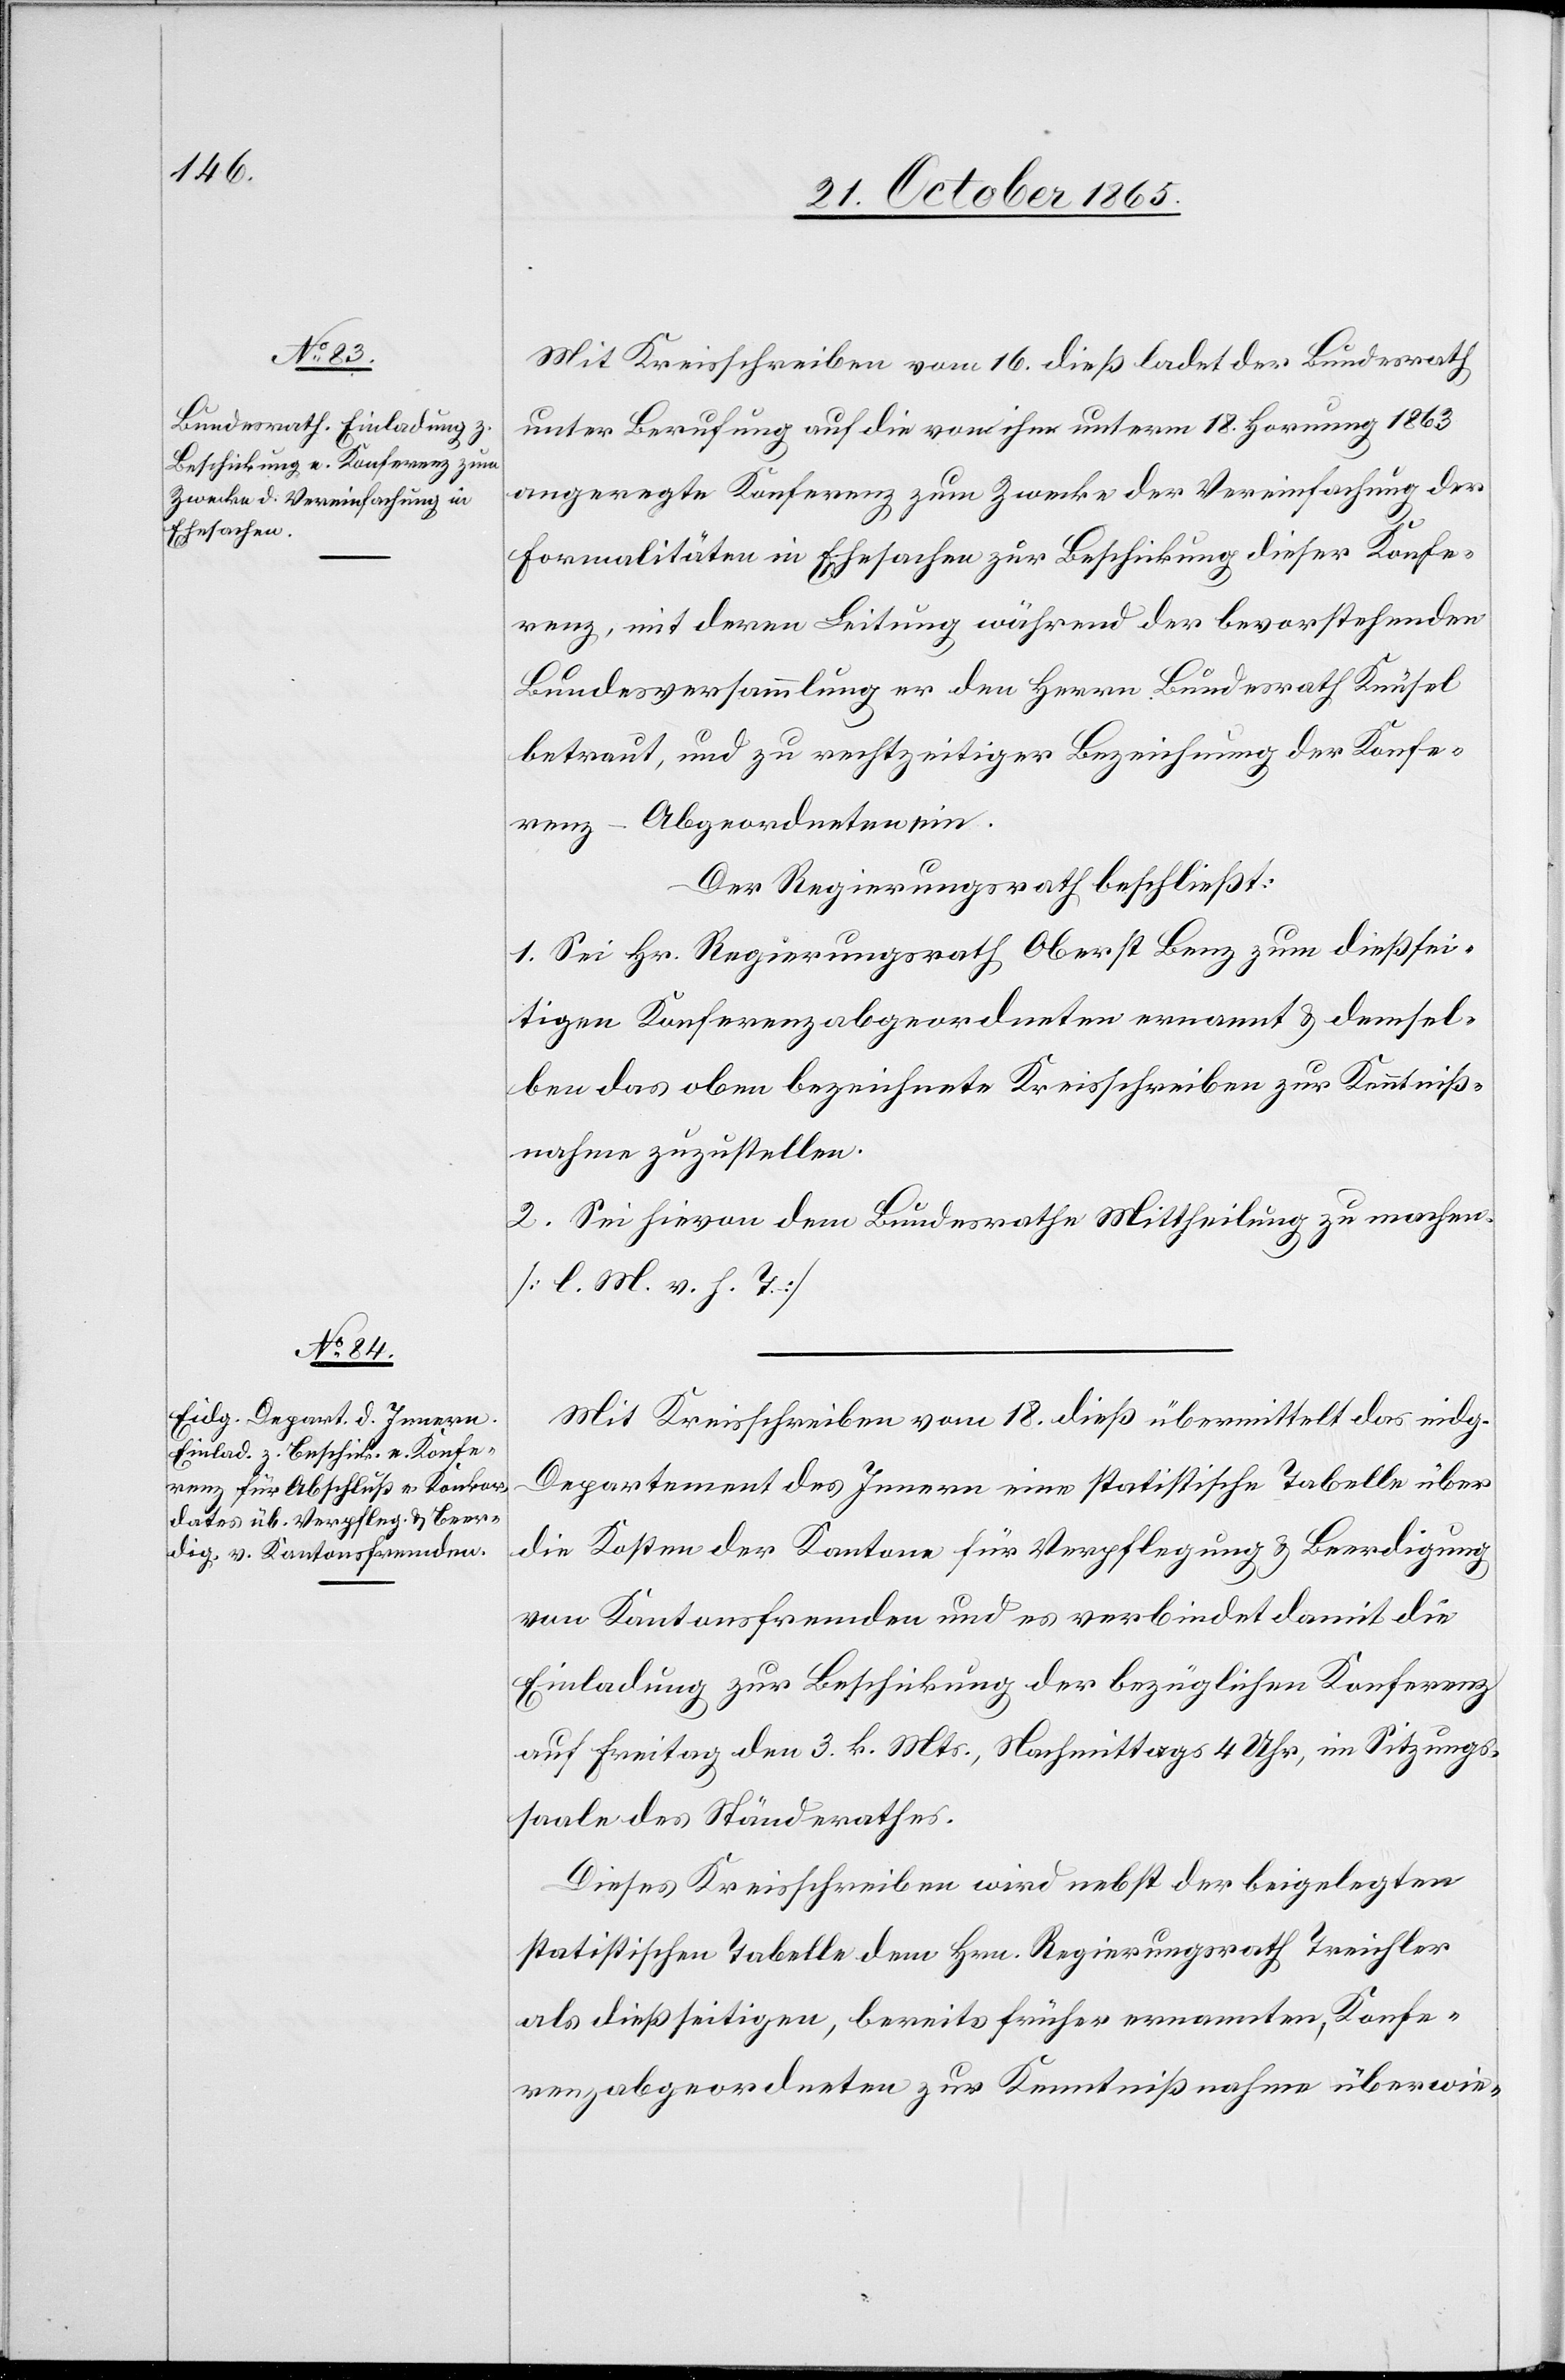
Mit Kreisschreiben vom 16. dieß ladet der Bundesrath
unter Berufung auf die von ihm unterm 18. Hornung 1863
angeregte Konferenz zum Zwecke der Vereinfachung der
Formalitäten in Ehesachen zur Beschickung dieser Konfe¬
renz, mit deren Leitung während der bevorstehenden
Bundesversammlung er den Herrn Bundesrath Knüsel
betraut, und zu rechtzeitiger Bezeichnung der Konfe¬
renz-Abgeordneten ein.
Der Regierungsrath beschließt:
1. Sei Hr. Regierungsrath Oberst Benz zum dießsei¬
tigen Konferenzabgeordneten ernannt & demsel¬
ben das oben bezeichnete Kreisschreiben zur Kenntniß¬
nahme zuzustellen.
2. Sei hievon dem Bundesrathe Mittheilung zu machen.
[l. M. v. h. T.]
Mit Kreisschreiben vom 18. dieß übermittelt das eidg.
Departement des Innern eine statistische Tabelle über
die Kosten der Kantone für Verpflegung & Beerdigung
von Kantonsfremden und es verbindet damit die
Einladung zur Beschickung der bezüglichen Konferenz
auf Freitag den 3. k. Mts., Nachmittags 4 Uhr, im Sitzungs¬
saale des Ständerathes.
Dieses Kreisschreiben wird nebst der beigelegten
statistischen Tabelle dem Hrn. Regierungsrath Treichler
als dießseitigen, bereits früher ernannten, Konfe¬
renzabgeordneten zur Kenntnißnahme überwie-